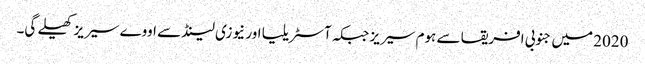
2020 میں جنوبی افریقا سے ہوم سیریز جبکہ آسٹریلیا اور نیوزی لینڈ سے اووے سیریز کھیلے گی۔